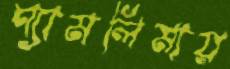
শ্যামলিমায়